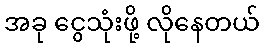
အခု ငွေသုံးဖို့ လိုနေတယ်